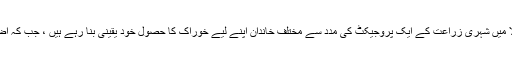
یوگینڈا کے دارالحکومت کمپالا میں شہری زراعت کے ایک پروجیکٹ کی مدد سے مختلف خاندان اپنے لیے خوراک کا حصول خود یقینی بنا رہے ہیں ، جب کہ اضافی اجناس بیچ دی جاتی ہیں ۔